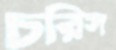
চরিস